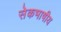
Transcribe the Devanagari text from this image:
सेेकभाषीय